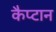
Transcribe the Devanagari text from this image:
कैप्टान